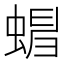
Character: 𧍺